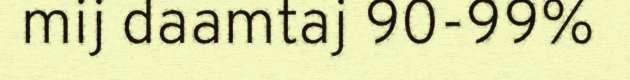
mij daamtaj 90-99%